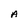
Character: A